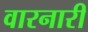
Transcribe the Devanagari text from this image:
वारनारी